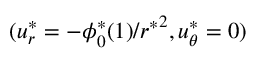
( u _ { r } ^ { * } = - \phi _ { 0 } ^ { * } ( 1 ) / { r ^ { * } } ^ { 2 } , u _ { \theta } ^ { * } = 0 )